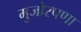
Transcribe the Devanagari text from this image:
मुजोरपणा